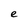
Character: e